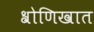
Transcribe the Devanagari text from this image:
श्रोणिखात